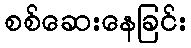
စစ်ဆေးနေခြင်း